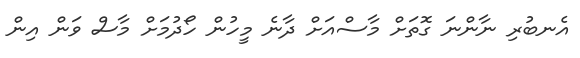
އެނބުރި ނާންނަ ގޮތަށް މާސްއަށް ދާނެ މީހުން ހޯދުމަށް މާސް ވަން އިން